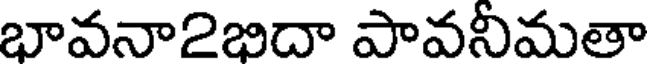
భావనా2భిదా పావసీమతా